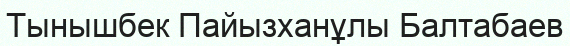
Тынышбек Пайызханұлы Балтабаев